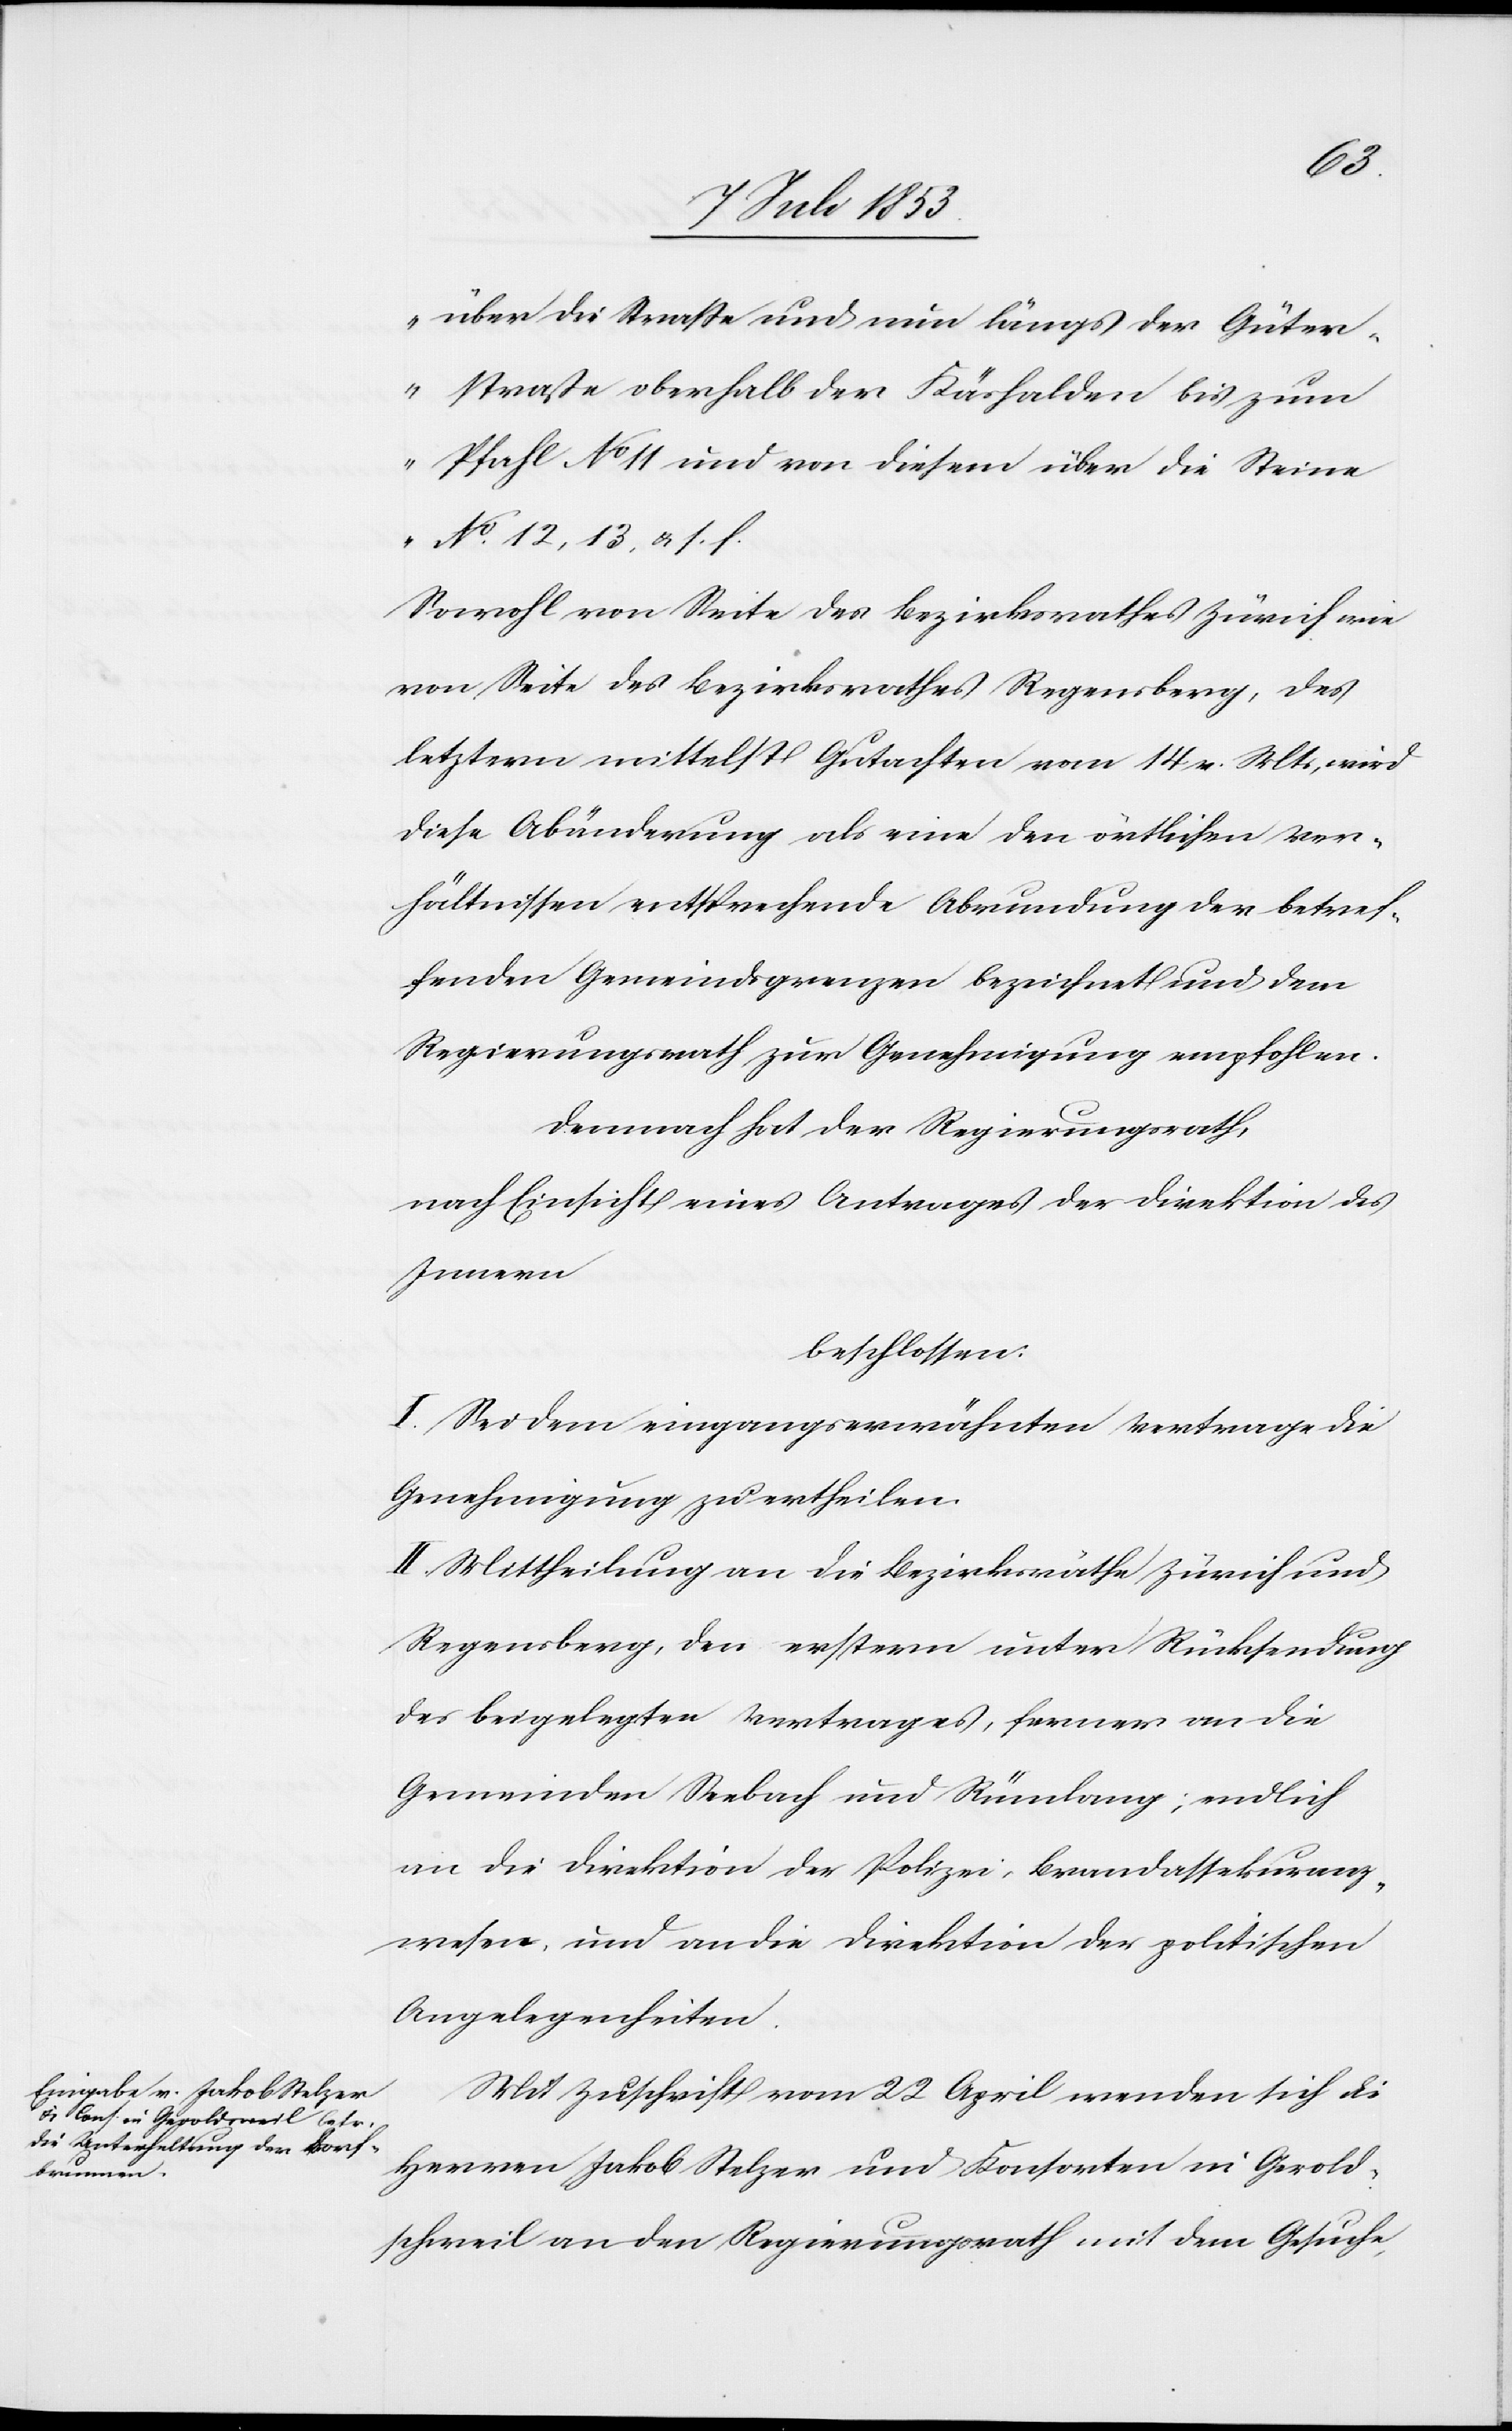
über die Straße und eine längs der Güter¬
straße oberhalb der Käshalden bis zum
Pfahl N° 11 und von diesem über die Steine
N° 12, 13, u. s.
Sowohl von Seite des Bezirksrathes Zürich wie
von Seite des Bezirksrathes Regensberg, des
letztern mittelst Gutachten vom 14 v. Mts, wird
diese Abänderung als eine den örtlichen Ver¬
hältnissen entsprechende Abrundung der betref¬
fenden Gemeindsgrenzen bezeichnet und dem
Regierungsrath zur Genehmigung empfohlen.
Demnach hat der Regierungsrath
nach Einsicht eines Antrages der Direktion des
Innern
beschlossen:
I. Sei dem eingangserwähnten Vertrag die
Genehmigung zu ertheilen.
II. Mittheilung an die Bezirksräthe Zürich und
Regensberg, den erstern unter Rücksendung
des beigelegten Vertrages, ferner an die
Gemeinden Seebach und Rümlang, endlich
an die Direktion der Polizei, Brandassekuranz¬
wesen, und an die Direktion der politischen
Angelegenheiten.
Mit Zuschrift vom 22 April wenden sich die
Herren Jakob Stelzer und Konsorten in Gerold¬
schweil an den Regierungsrath mit dem Gesuche,